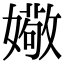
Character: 𫱻